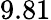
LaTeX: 9.81